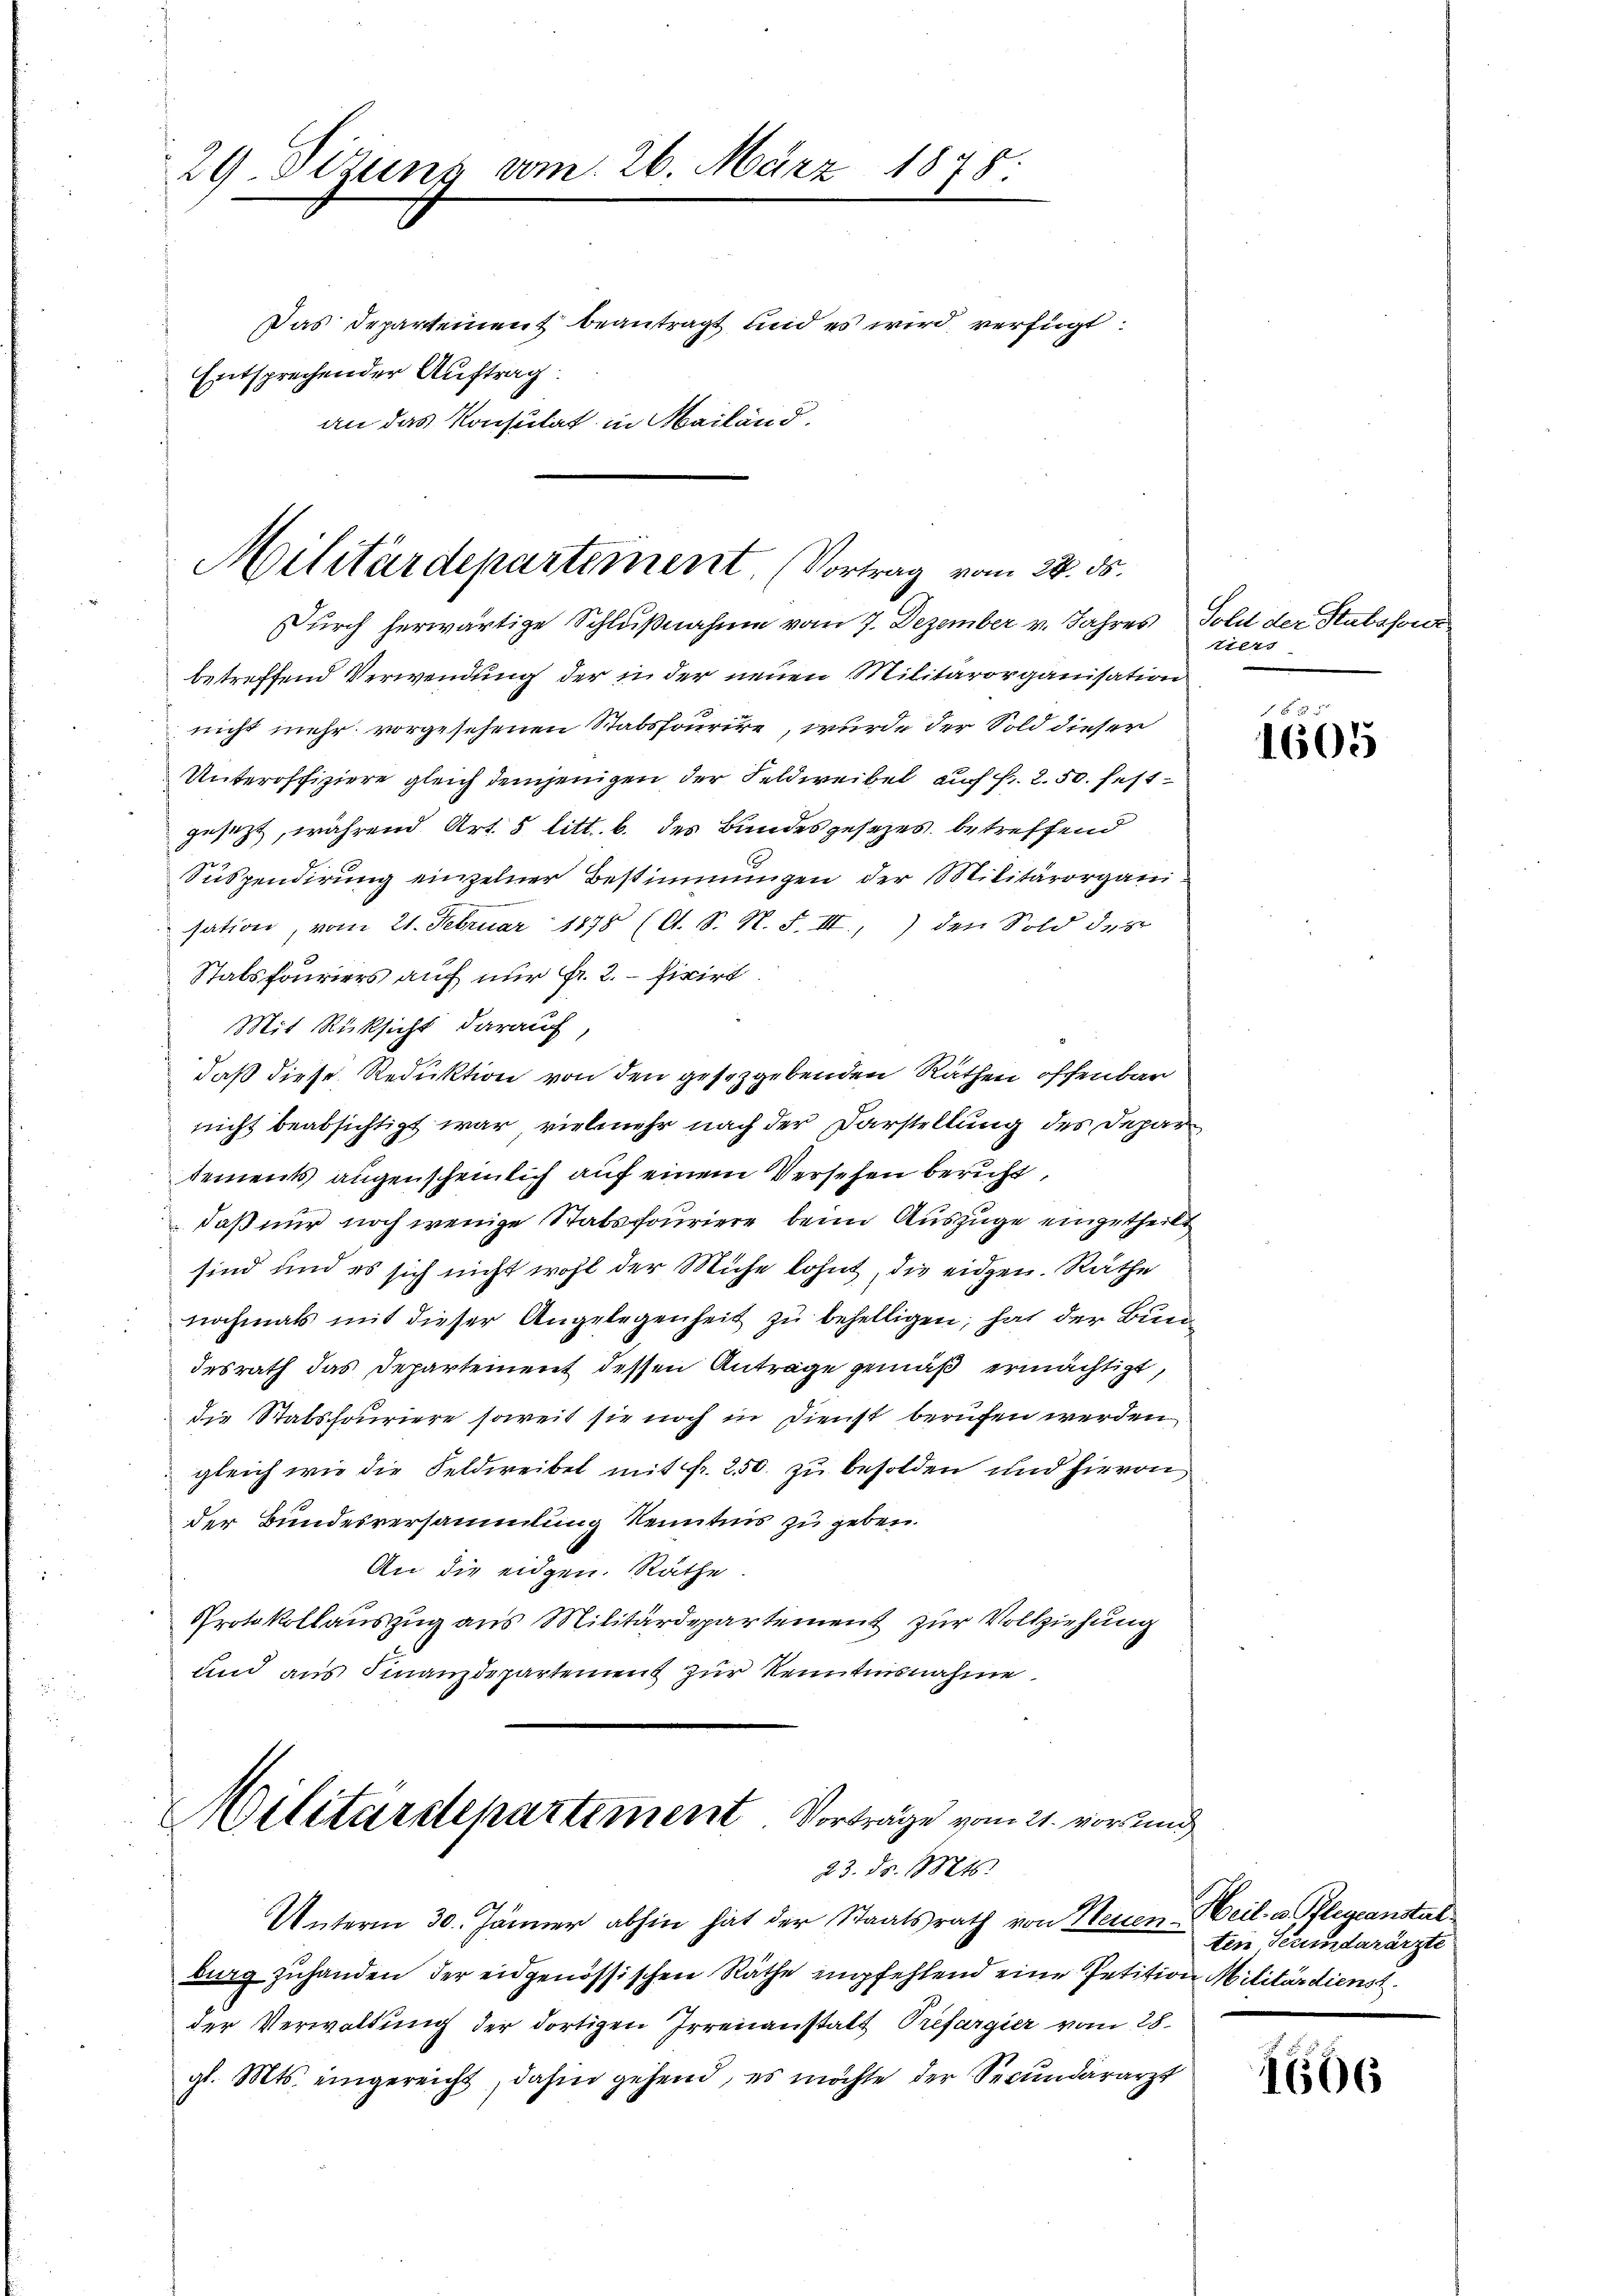
29. Sizung vom 26. März 1878.

Entsprechender Auftrag:

Das Departement beantragt, und es wird verfügt:
an das Konsulat in Mailand.

Militärdepartement. (Vortrag vom 28. ds.
Durch herwärtige Schlußnahme vom 7. Dezember v. Jahres

betreffend Verwendung der in der neuen Militärorganisation
nicht mehr vorgesehenen Stabsfourire, wurde der Sold dieser
Unteroffiziere gleich demjenigen der Feldweibel auch fr. 2.50. festgesezt, während Art. 5 litt. b. des Bundesgesezes betreffend
Suspendirung einzelner Bestimmungen der Militärorganisation, vom 21. Februar 1878 (O. S. N. F. III, den Sold der
Stalsfouriers auf nur Fr. 2. fixirt.
Mit Rücksicht darauf,
daß diese Reduktion von den gesezgebenden Räthen offenbar
nicht beabsichtigt war, vielmehr nach der Darstellung des Depar
tements augenscheinlich auf einem Versehen bericht,
daß nur noch wenige Stabsfouriere beim Auszüge eingetheilt
sind und es sich nicht wohl der Mühe lohnt, die eidgen. Räthe
nochmals mit dieser Angelegenheit zu behelligen, hat der Bundesrath das Departement dessen Anträge gemäß ermächtigt,
die Stabshouriere soweit sie noch in Dienst berufen werden
gleich wie die Feldweibel mit fr. 250. zu besolden und hievon
der Bundesversammlung Kenntnis zu geben.
An die eidgen. Räthe.
Protokollauszug aus Militärdepartement zur Vollziehung
und aus Finanzdepartement zur Kenntnisnahme
Militärdepartement Vorträge vom 21. vor und
23. d. Mts.
Unterm 30. Jänner abhin hat der Staatsrath von Neuen Heil- u. Pflegeanstal
dung zuhanden der eidgenössischen Räthe empfehlend eine Petition Militärdienst
der Verwaltung der dortigen Irrenanstalt Prefargier vom 28.
gl. Mts. eingereicht, dahin gehend, es möchte der Secundararzt

Sold der Stubssore
iers

1605

ten Secundarärzte

1606